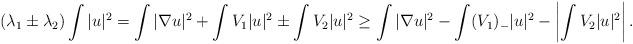
LaTeX: \begin{align*} (\lambda_1\pm\lambda_2)\int|u|^2 = \int|\nabla u|^2+\int V_1|u|^2\pm\int V_2|u|^2 \geq \int|\nabla u|^2-\int (V_1)_-|u|^2-\left|\int V_2|u|^2\right|.\end{align*}